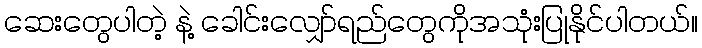
ဆေးတွေပါတဲ့ နဲ့ ခေါင်းလျှော်ရည်တွေကိုအသုံးပြုနိုင်ပါတယ်။